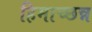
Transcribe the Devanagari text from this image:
हिमाच्छन्न